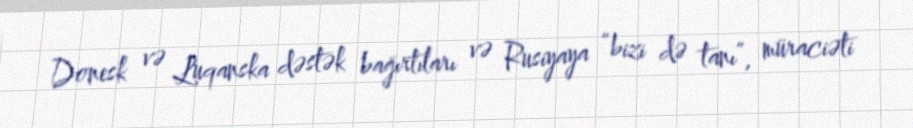
Donesk və Luqanska dəstək bağırtıları və Rusiyaya “bizi də tanı”, müraciəti